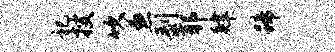
祀搜吹兼剥耶肄蹄